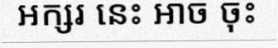
អក្សរ នេះ អាច ចុះ